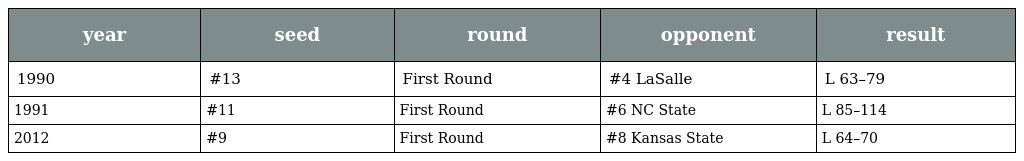
| year | seed | round | opponent | result |
 | --- | --- | --- | --- | --- |
 | 1990 | #13 | First Round | #4 LaSalle | L 63–79 |
 | 1991 | #11 | First Round | #6 NC State | L 85–114 |
 | 2012 | #9 | First Round | #8 Kansas State | L 64–70 |